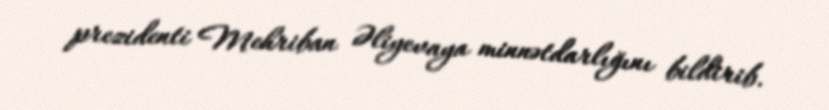
prezidenti Mehriban Əliyevaya minnətdarlığını bildirib.